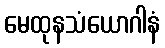
မေထုနသံယောဂါနံ